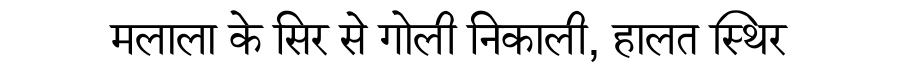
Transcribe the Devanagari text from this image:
मलाला के सिर से गोली निकाली, हालत स्थिर